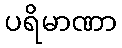
ပရိမာဏာ